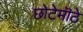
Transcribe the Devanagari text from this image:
छोटेमॊठे